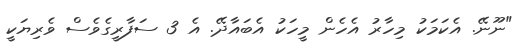
"ނޫނޭ. އެކަމަކު މިހާރު އެހެން މީހަކު އެބައާދޭ. އެ 3 ސަފާރީގެވެސް ވެރިޔަކީ